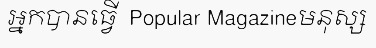
អ្នកបានធ្វើ  Popular Magazineមនុស្ស